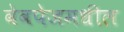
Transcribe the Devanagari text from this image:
वेबपेजमधील